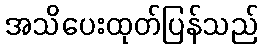
အသိပေးထုတ်ပြန်သည်